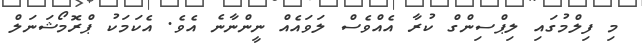
މި ފިލްމުގައި ލިޕްސިންގް ކުރާ އެއްވެސް ލަވައެއް ނީންނާނެ އެވެ. އެކަމަކު ޕްރޮމޯޝަނަލް